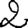
Digit: 2